Report on vaccination in Madras 1904-1921 - 1904-1921
Year: 1904
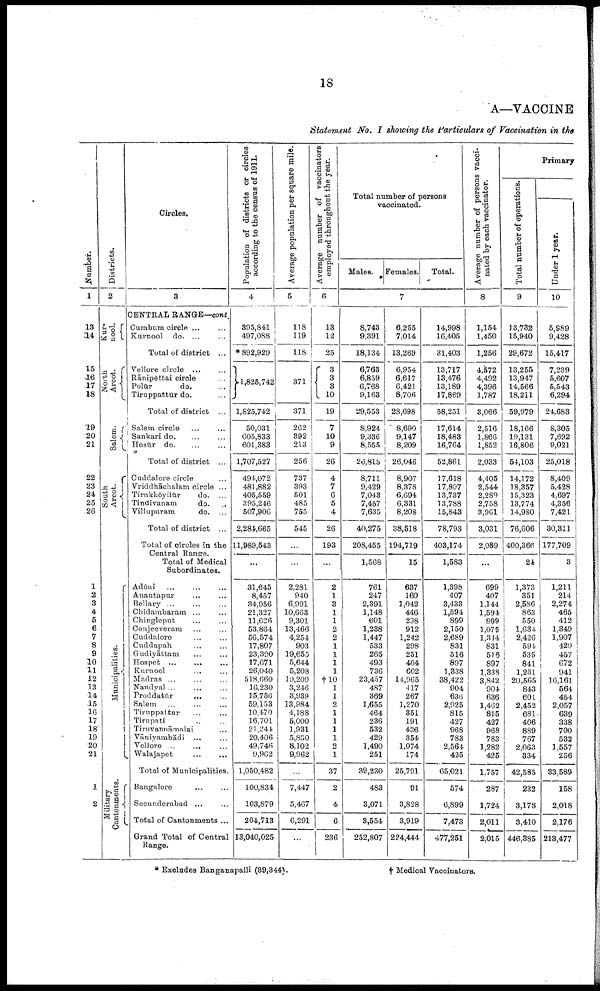
18
A—VACCINE
Statement No. I showing the Particulars of Vaccination in the
Number.
1
13
14
15
16
17
18
19
20
21
22
23
24
25
26
1
2
3
4
5
6
7
8
9
10
11
12
13
14
15
16
17
18
19
20
21
1
2
Districts.
2
Kur¬
nool.
North
Arcot.
Salem.
South
Arcot.
Municipalities.
Military
Cantonments
Circles.
3
CENTRAL RANGE—cont.
Cumbum circle ... ...
Kurnool do. ... ...
Total of district ...
Vellore circle ... ...
Rānipēttai circle ...
Polūr
do. ...
Tiruppattūr do. ...
Total of district ...
Salem circle ... ...
Sankari do. ... ...
Hosūr do. ... ...
Total of district ...
Cuddalore circle ...
Vriddhāchalam circle ...
Tirukkōyilur
do. ...
Tindivanam
do. ...
Villupuram
do. ...
Total of district ...
Total of circles in the
Central Range.
Total of Medical
Subordinates.
Adōni ... ... ...
Anantapur ... ...
Bellary ... ... ...
Chidambaram ... ...
Chingleput ... ...
Conjeeveram ... ...
Cuddalore ... ...
Cuddapah ... ...
Gudiyāttam ... ...
Hospet
...
...
...
Kurnool ... ...
Madras ... ... ...
Nandyal ... ... ...
Proddatūr
...
...
Salem ... ... ...
Tiruppattur ... ...
Tirupati ... ...
Tiruvannāmalai ...
Vāniyambādi ... ...
Vellore ... ... ...
Walajapet
...
...
Total of Municipalities.
Bangalore ... ...
Secunderabad ... ...
Total of Cantonments ...
Grand Total of Central
Range.
Population of districts or circles
according to the census of 1911.
4
395,841
497,088
* 892,929
1,825,742
1,825,742
50,031
605,833
601,383
1,707,527
494,072
481,882
405,559
395,246
507,906
2,284,665
11,989,543
...
31,645
8,457
34,956
21,327
11,626
53,864
56,574
17,807
23,390
17,671
26,040
518,660
16,230
15,756
59,153
10,470
16,701
21,244
20,406
49,746
9,962
1,050,482
100,834
103,879
204,713
13,040,025
Average population per square mile.
5
118
119
118
371
371
262
392
213
256
737
393
501
485
755
545
...
...
2,281
940
6,991
10,663
9,301
13,466
4,254
903
19,655
5,644
5,208
19,209
3,246
3,939
13,984
4,188
5,000
1,931
5,830
8,102
9,962
...
7,447
5,467
6,291
...
Average number of vaccinators
employed throughout the year.
6
13
12
25
3
3
3
10
19
7
10
9
26
4
7
6
5
4
26
193
...
2
1
3
1
1
2
2
1
1
1
1
†10
1
1
2
1
1
1
1
2
1
37
2
4
6
236
Total number of persons
vaccinated.
Males.
Females.
Total.
7
8,743
9,391
18,134
6,763
6,859
6,768
9,163
29,553
8,924
9,336
8,555
26,815
8,711
9,429
7,043
7,457
7,635
40,275
208,455
1,568
761
247
2,391
1,148
601
1,238
1,447
533
265
493
736
23,457
487
369
1,655
464
236
532
429
1,490
251
39,230
483
3,071
3,554
252,807
6,255
7,014
13,269
6,954
6,617
6,421
8,706
28,698
8,690
9,147
8,209
26,046
8,907
8,378
6,694
6,331
8,208
38,518
194,719
15
637
160
1,042
446
298
912
1,242
298
251
404
602
14,965
417
267
1,270
351
191
436
354
1,074
174
25,791
91
3,828
3,919
224,444
14,998
16,405
31,403
13,717
13,476
13,189
17,869
58,251
17,614
18,483
16,764
52,861
17,618
17,807
13,737
13,788
15,843
78,793
403,174
1,583
1,398
407
3,433
1,594
899
2,150
2,689
831
516
897
1,338
38,422
904
636
2,925
815
427
968
783
2,564
425
65,021
574
6,899
7,473
477,251
Average number of persons vacci
nated by each vaccinator.
8
1,1541
1,450
1,256
4,572
4,492
4,396
1,787
3,066
2,516
1,866
1,852
2,033
4,405
2,544
2,289
2,758
3,961
3,031
2,089
...
699
407
1,144
1,594
899
1,075
1,314
831
516
897
1,338
3,842
904
636
1,462
815
427
968
783
1,282
425
1,757
287
1,724
2,011
2,015
Primary
Total number of operations.
9
13,732
15,940
29,672
13,255
13,947
14,566
18,211
59,979
18,166
19,131
16,806
54,103
14,172
18,357
15,323
13,774
14,980
76,606
400,366
24
1,373
351
2,586
863
550
1,634
2,426
591
535
841
1,231
20,565
843
601
2,452
681
406
889
767
2,063
334
42,585
232
3,178
3,410
446,385
Under 1 year.
10
5,989
9,428
15,417
7,239
5,607
5,543
6,294
24,683
8,305
7,692
9,021
25,018
8,409
5,428
4,697
4,356
7,421
30,311
177,709
3
1,211
214
2,274
465
412
1,349
1,907
429
457
672
941
16,161
564
454
2,057
639
338
700
532
1,557
256
33,589
158
2,018
2,176
213,477
* Excludes Banganapalli (39,344).
† Medical Vaccinators.